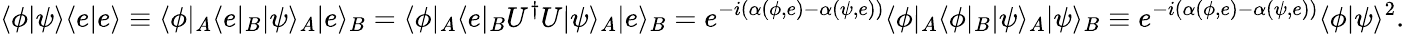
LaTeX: \langle\phi|\psi\rangle\langle e|e\rangle\equiv\langle\phi|_{A}\langle e|_{B}|\psi\rangle_{A}|e\rangle_{B}=\langle\phi|_{A}\langle e|_{B}U^{\dagger}U|\psi\rangle_{A}|e\rangle_{B}=e^{-i(\alpha(\phi,e)-\alpha(\psi,e))}\langle\phi|_{A}\langle\phi|_{B}|\psi\rangle_{A}|\psi\rangle_{B}\equiv e^{-i(\alpha(\phi,e)-\alpha(\psi,e))}\langle\phi|\psi\rangle^{2}.